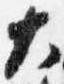
大